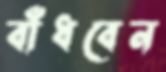
বাঁধবেন